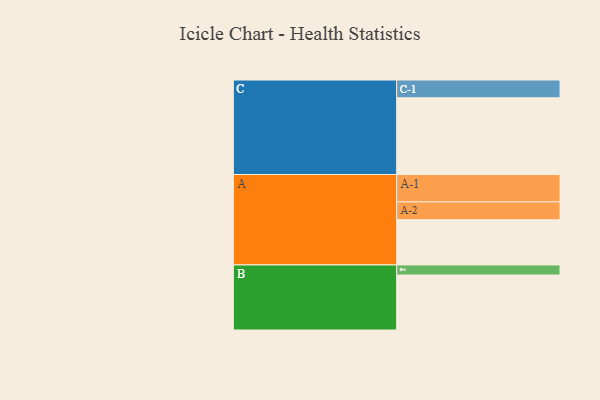
{"axis": {"x": "Segment", "y": "Value"}, "legend": ["", "A", "B", "C"], "data": [{"x": "A", "y": 346, "type": ""}, {"x": "B", "y": 420, "type": ""}, {"x": "C", "y": 586, "type": ""}, {"x": "A-1", "y": 209, "type": "A"}, {"x": "A-2", "y": 136, "type": "A"}, {"x": "B-1", "y": 77, "type": "B"}, {"x": "C-1", "y": 136, "type": "C"}]}